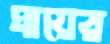
ঘায়ের